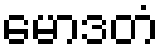
မောဒတံ